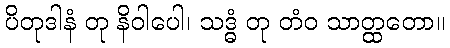
ပိတုဒါနံ တု နိဝါပေါ၊ သဒ္ဓံ တု တံဝ သာတ္ထတော။